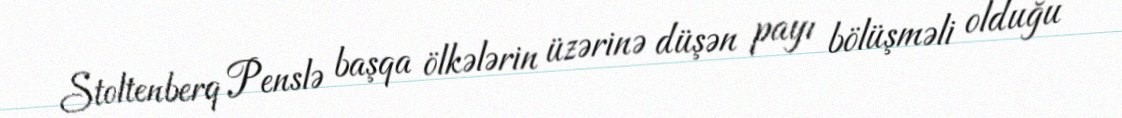
Stoltenberq Penslə başqa ölkələrin üzərinə düşən payı bölüşməli olduğu